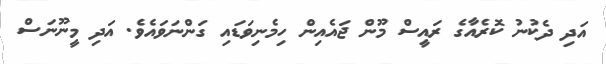
އަދި ދެކުނު ކޮރެއާގެ ރައީސް މޫން ޖައެއިން ހިމެނިވަޑައި ގަންނަވައެވެ. އަދި މީނޫނަސް